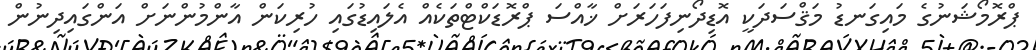
ޕްރޮމޯޝަނުގެ މައިގަނޑު މަޤްސަދަކީ އޮޑިދޯނިފަހަރަށް ޚާއްސަ ޕްރޮޑަކްޓްތަކެއް އެލައިޑުގައި ހުރިކަން އާންމުންނަށް އަންގައިދިނުން